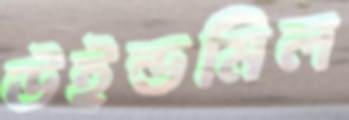
উইন্ডমিল